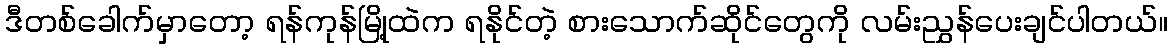
ဒီတစ်ခေါက်မှာတော့ ရန်ကုန်မြို့ထဲက ရနိုင်တဲ့ စားသောက်ဆိုင်တွေကို လမ်းညွှန်ပေးချင်ပါတယ်။